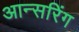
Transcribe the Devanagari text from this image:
आन्सरिंग